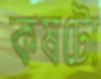
কষটো